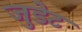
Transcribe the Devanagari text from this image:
जुडेट